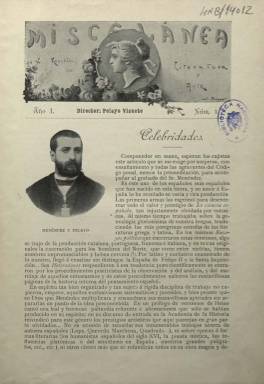
Título: Miscelánea (Madrid)
Colección: Cultura
Ámbito geográfico: Madrid
Lugar de publicación: Madrid
Fechas: 01/01/1899-30/12/1900

Publicación semanal de corta vida, poco más de un año, que como su título indica era un cajón de sastre donde cabía todo tipo de géneros literarios. Su director era el escritor, traductor y publicista Pelayo Vizuete, quien pasaría a dirigir en 1901 la revista Arte y Letras, continuación de la anterior.

 Con ocho páginas, que pasarían a ser doce en sus últimos meses de vida, Miscelánea fue ganando también en vistosidad con el tiempo: de su grabado de cabecera y su único retrato fotográfico de portada pasaría a incorporar fotografías, grabados y caricaturas en varias páginas. La portada, además, pasó a ser una fotografía a toda página, generalmente de una actriz.

  El cambio se produjo con el número 21, de 8 de abril de 1900, cuando dedicó un especial de 32 páginas a Murcia, provincia que celebraba entonces una exposición agrícola, minera, industrial y de bellas artes.

  Una de las secciones más características de la publicación es la que llevaba por título Celebridades. Abría la portada de cada número, o la siguiente página, con la biografía de un personaje ilustre. El primer número estuvo dedicado a Marcelino Menéndez Pelayo, quien era entonces director de la Biblioteca Nacional de España. Le siguió el dramaturgo y Premio Nobel Echegaray, aunque hubo también retratos literarios de escritores extranjeros como Ibsen y Tolstoy, de celebridades de otros campos artísticos como la música y de personalidades de la política como Pi y Margall y de la Iglesia como el Papa León XIII.

  La publicación se posicionó en contra del modernismo, la corriente literaria que abanderaba en España Rubén Darío. Defendía el estilo y la poesía “castellana pura de sin par donaire sin asomos de modernismo” y sujeta a reglas y preceptos de los que huían los artistas que reclamaban absoluta libertad.

  Como curiosidad, en su número 10 de 21 de enero de 1900, la revista convocó un concurso de chistes con la recompensa de tres pesetas para el ganador así como su publicación con ilustración. La iniciativa no pareció tener éxito dado que en los números posteriores no hay referencia a dicho concurso.

[Descripción publicada el 10/01/2019]